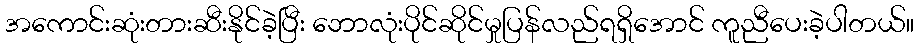
အကောင်းဆုံးတားဆီးနိုင်ခဲ့ပြီး ဘောလုံးပိုင်ဆိုင်မှုပြန်လည်ရရှိအောင် ကူညီပေးခဲ့ပါတယ်။